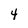
Character: 4